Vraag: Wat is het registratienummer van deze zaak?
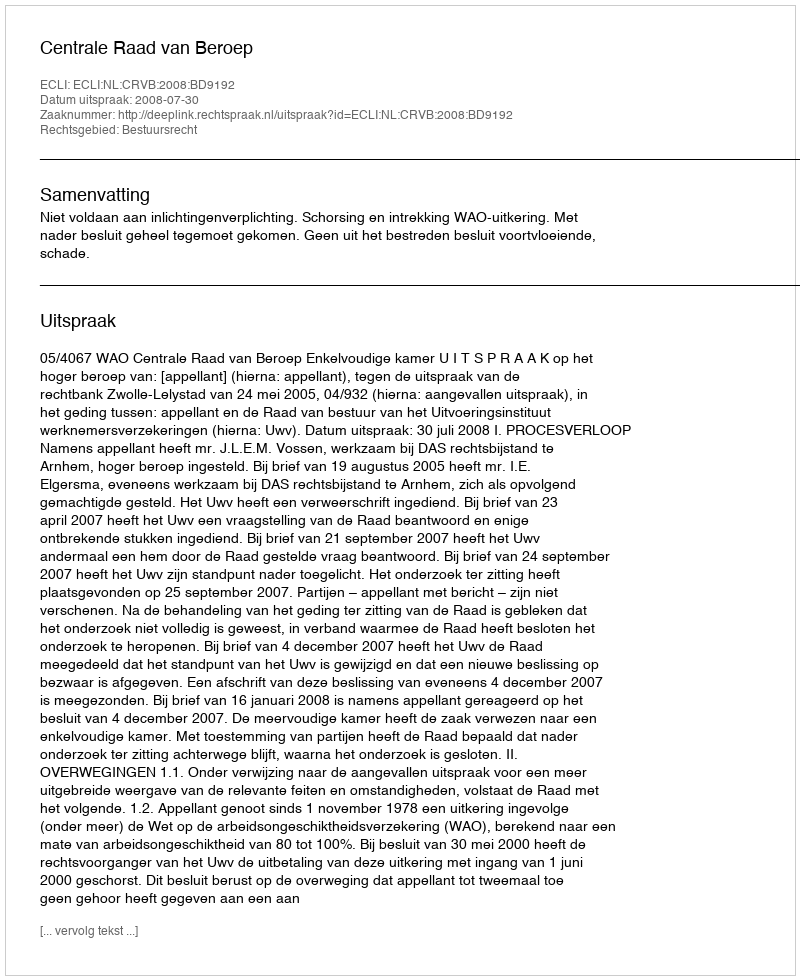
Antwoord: http://deeplink.rechtspraak.nl/uitspraak?id=ECLI:NL:CRVB:2008:BD9192